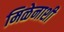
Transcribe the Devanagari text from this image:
मिळेनाशी